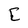
Character: C